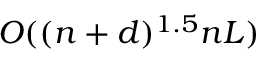
O ( ( n + d ) ^ { 1 . 5 } n L )